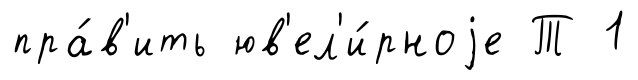
пра́в'ить юв'ел'и́рноjе Т 1